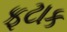
ફટાક